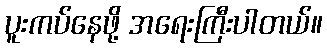
ပူးကပ်နေဖို့ အရေးကြီးပါတယ်။